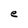
Character: e